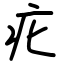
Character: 疕